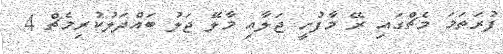
ފުރަތަމަ މެޗްގައި ރޭ މާފުށީ ޖަލާއި މާލޭ ޖަލު ބައްދަލުކުރިމެޗް 4